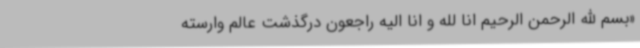
«بسم الله الرحمن الرحیم انا لله و انا الیه راجعون درگذشت عالم وارسته